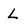
Character: L